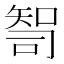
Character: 𰦙